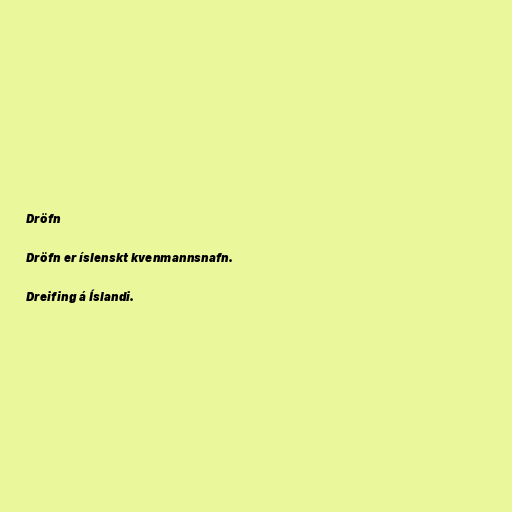
Dröfn

Dröfn er íslenskt kvenmannsnafn.

Dreifing á Íslandi.